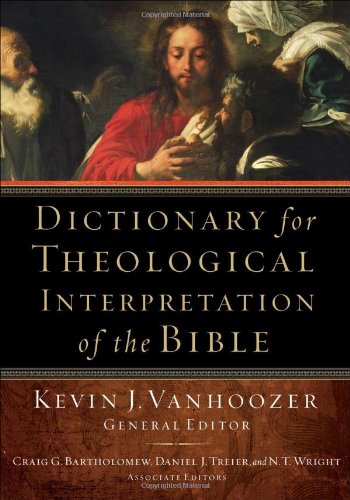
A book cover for Dictionary for Theological Interpretation of the Bible; Christian Books & Bibles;